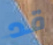
قد